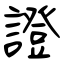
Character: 證